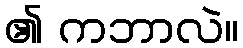
၏ ကဘာလဲ။